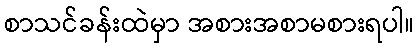
စာသင်ခန်းထဲမှာ အစားအစာမစားရပါ။